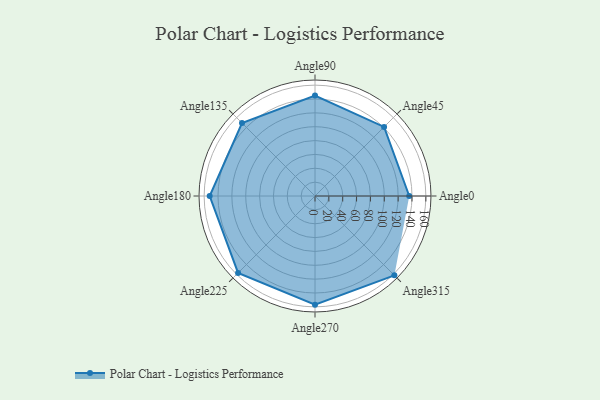
{"axis": {"x": "Angle", "y": "Radius"}, "legend": [""], "data": [{"x": "Angle0", "y": 136.0, "type": ""}, {"x": "Angle45", "y": 141.0, "type": ""}, {"x": "Angle90", "y": 145.0, "type": ""}, {"x": "Angle135", "y": 149.0, "type": ""}, {"x": "Angle180", "y": 152.0, "type": ""}, {"x": "Angle225", "y": 157.0, "type": ""}, {"x": "Angle270", "y": 157.0, "type": ""}, {"x": "Angle315", "y": 162.0, "type": ""}]}